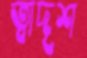
ত্বাদৃশ